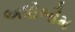
અધોભૌમ